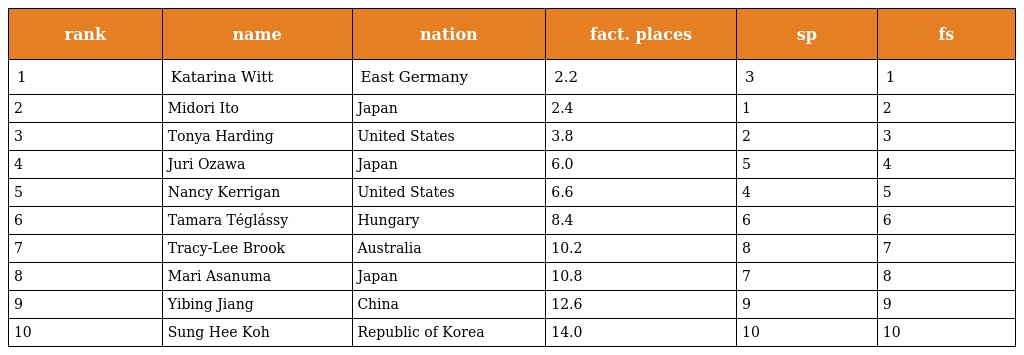
| rank | name | nation | fact. places | sp | fs |
 | --- | --- | --- | --- | --- | --- |
 | 1 | Katarina Witt | East Germany | 2.2 | 3 | 1 |
 | 2 | Midori Ito | Japan | 2.4 | 1 | 2 |
 | 3 | Tonya Harding | United States | 3.8 | 2 | 3 |
 | 4 | Juri Ozawa | Japan | 6.0 | 5 | 4 |
 | 5 | Nancy Kerrigan | United States | 6.6 | 4 | 5 |
 | 6 | Tamara Téglássy | Hungary | 8.4 | 6 | 6 |
 | 7 | Tracy-Lee Brook | Australia | 10.2 | 8 | 7 |
 | 8 | Mari Asanuma | Japan | 10.8 | 7 | 8 |
 | 9 | Yibing Jiang | China | 12.6 | 9 | 9 |
 | 10 | Sung Hee Koh | Republic of Korea | 14.0 | 10 | 10 |